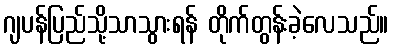
ဂျပန်ပြည်သို့သာသွားရန် တိုက်တွန်းခဲ့လေသည်။